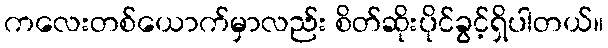
ကလေးတစ်ယောက်မှာလည်း စိတ်ဆိုးပိုင်ခွင့်ရှိပါတယ်။